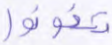
تخونوا